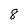
Character: 8